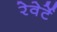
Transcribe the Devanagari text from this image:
रेवेर्टे